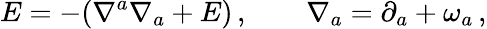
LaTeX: E=-(\nabla^{a}\nabla_{a}+E)\, ,\qquad\nabla_{a}=\partial_{a}+\omega_{a}\, ,